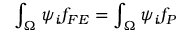
\int _ { \Omega } \psi _ { i } f _ { F E } = \int _ { \Omega } \psi _ { i } f _ { P }